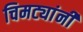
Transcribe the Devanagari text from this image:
चिमट्यांनी